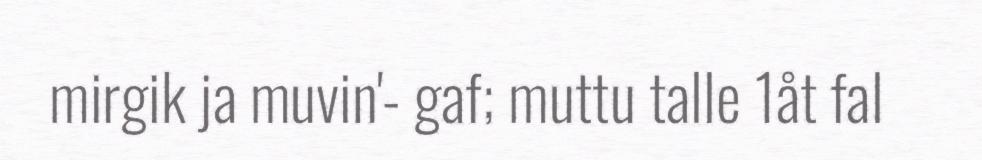
mirgik ja muvin'- gaf; muttu talle 1åt fal